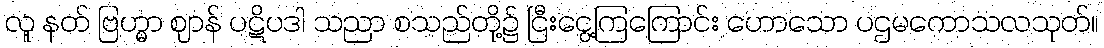
လူ နတ် ဗြဟ္မာ ဈာန် ပဋိပဒါ သညာ စသည်တို့၌ ငြီးငွေ့ကြကြောင်း ဟောသော ပဌမကောသလသုတ်။